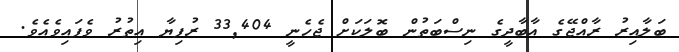
ބަލާއިރު ރާއްޖޭގެ އާބާދީގެ ނިސްބަތުން ބޮލަކަށް ޖެހެނީ 33